Leaving Certificate Examination (including Day School Certificate (Higher) General paper), 1936
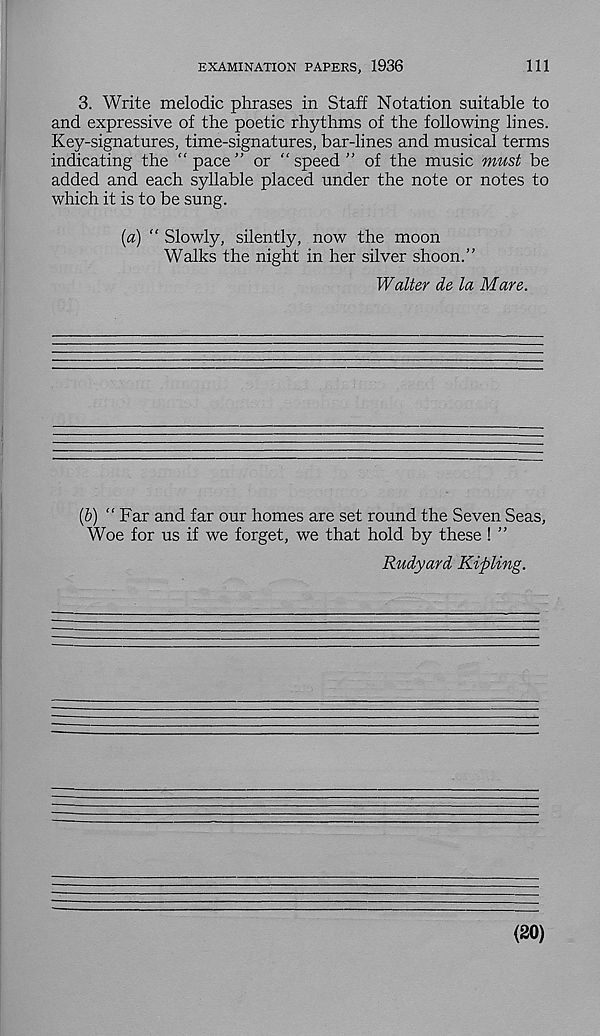
EXAMINATION PAPERS, 1936
111
3. Write melodic phrases in Staff Notation suitable to
and expressive of the poetic rhythms of the following lines.
Key-signatures, time-signatures, bar-lines and musical terms
indicating the “pace” or “speed” of the music must be
added and each syllable placed under the note or notes to
which it is to be sung.
[a) “ Slowly, silently, now the moon
Walks the night in her silver shoon.”
Walter de la Mare.
(b) “Far and far our homes are set round the Seven Seas,
Woe for us if we forget, we that hold by these ! ”
Rudyard Kipling.
(20)